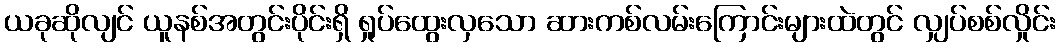
ယခုဆိုလျင် ယူနစ်အတွင်းပိုင်းရှိ ရှုပ်ထွေးလှသော ဆားကစ်လမ်းကြောင်းများထဲတွင် လျှပ်စစ်လှိုင်း